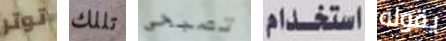
توتر تللك تصبحى استخدام يقوله